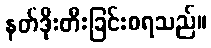
နတ်ဒိုးတီးခြင်းစရသည်။